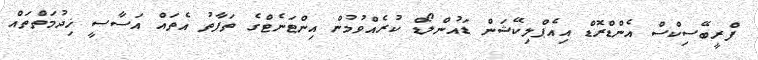
ފްރީބޭސިކްސް އެންޑްރޮޑް އިއެޕްލިކޭޝަން ޑައުންލޯޑް ކުރެއްވުމުން އިންޓަނެޓްގެ ތަފާތު އެތައް އަސާސީ ޚިދުމަތްތައް